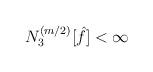
LaTeX: \begin{align*}\begin{aligned}N_3^{(m/2)} [\hat{f}] < \infty\end{aligned}\end{align*}